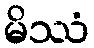
မိဿံ